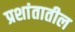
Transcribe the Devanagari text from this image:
प्रशांतातील